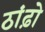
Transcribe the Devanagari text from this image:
ठांढ़ो